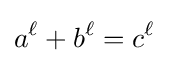
a^{\ell }+b^{\ell }=c^{\ell }